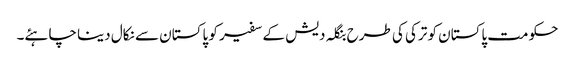
حکومت پاکستان کو ترکی کی طرح بنگلہ دیش کے سفیر کو پاکستان سے نکال دینا چاہئے۔